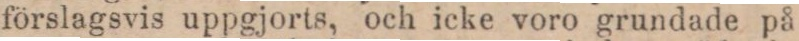
förslagsvis uppgjorts, och icke voro grundade på